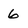
Character: 6